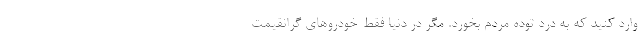
وارد کنید که به درد توده مردم بخورد. مگر در دنیا فقط خودروهای گرانقیمت